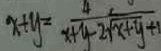
x + y = \frac { 4 } { x + y - 2 \sqrt { x + y } + 1 }